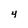
Character: 4